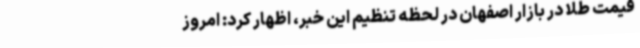
قیمت طلا در بازار اصفهان در لحظه تنظیم این خبر، اظهار کرد: امروز